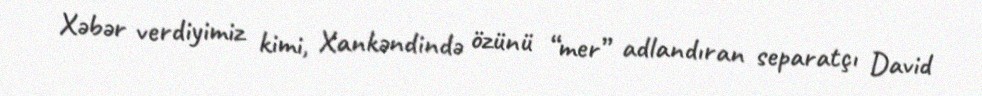
Xəbər verdiyimiz kimi, Xankəndində özünü “mer” adlandıran separatçı David